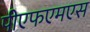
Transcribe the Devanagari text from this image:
पीएफएमएस